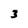
Character: 3